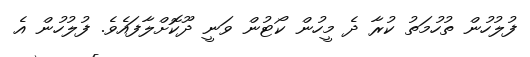
ފުލުހުން ތުހުމަތު ކުރާ ދެ މީހުން ކޯޓުން ވަނީ ދޫކޮށްލާފައެވެ. ފުލުހުން އެ